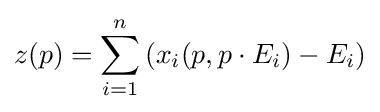
z(p)=\sum _{i=1}^{n}\left({x_{i}(p,p\cdot E_{i})-E_{i}}\right)